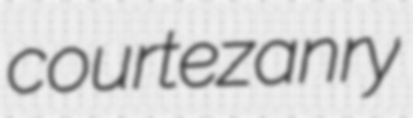
courtezanry